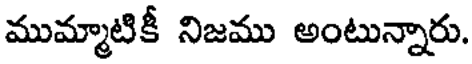
ముమ్మాటికీ నిజము అంటున్నారు.